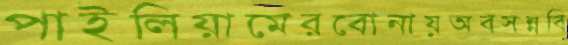
পাইলিয়ামেরবোনায়অবসন্নবি